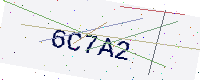
Text: 6C7A2